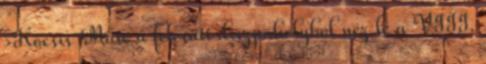
›Kocsis Máté a felcsúti díszpáholyból néz le a VIII.